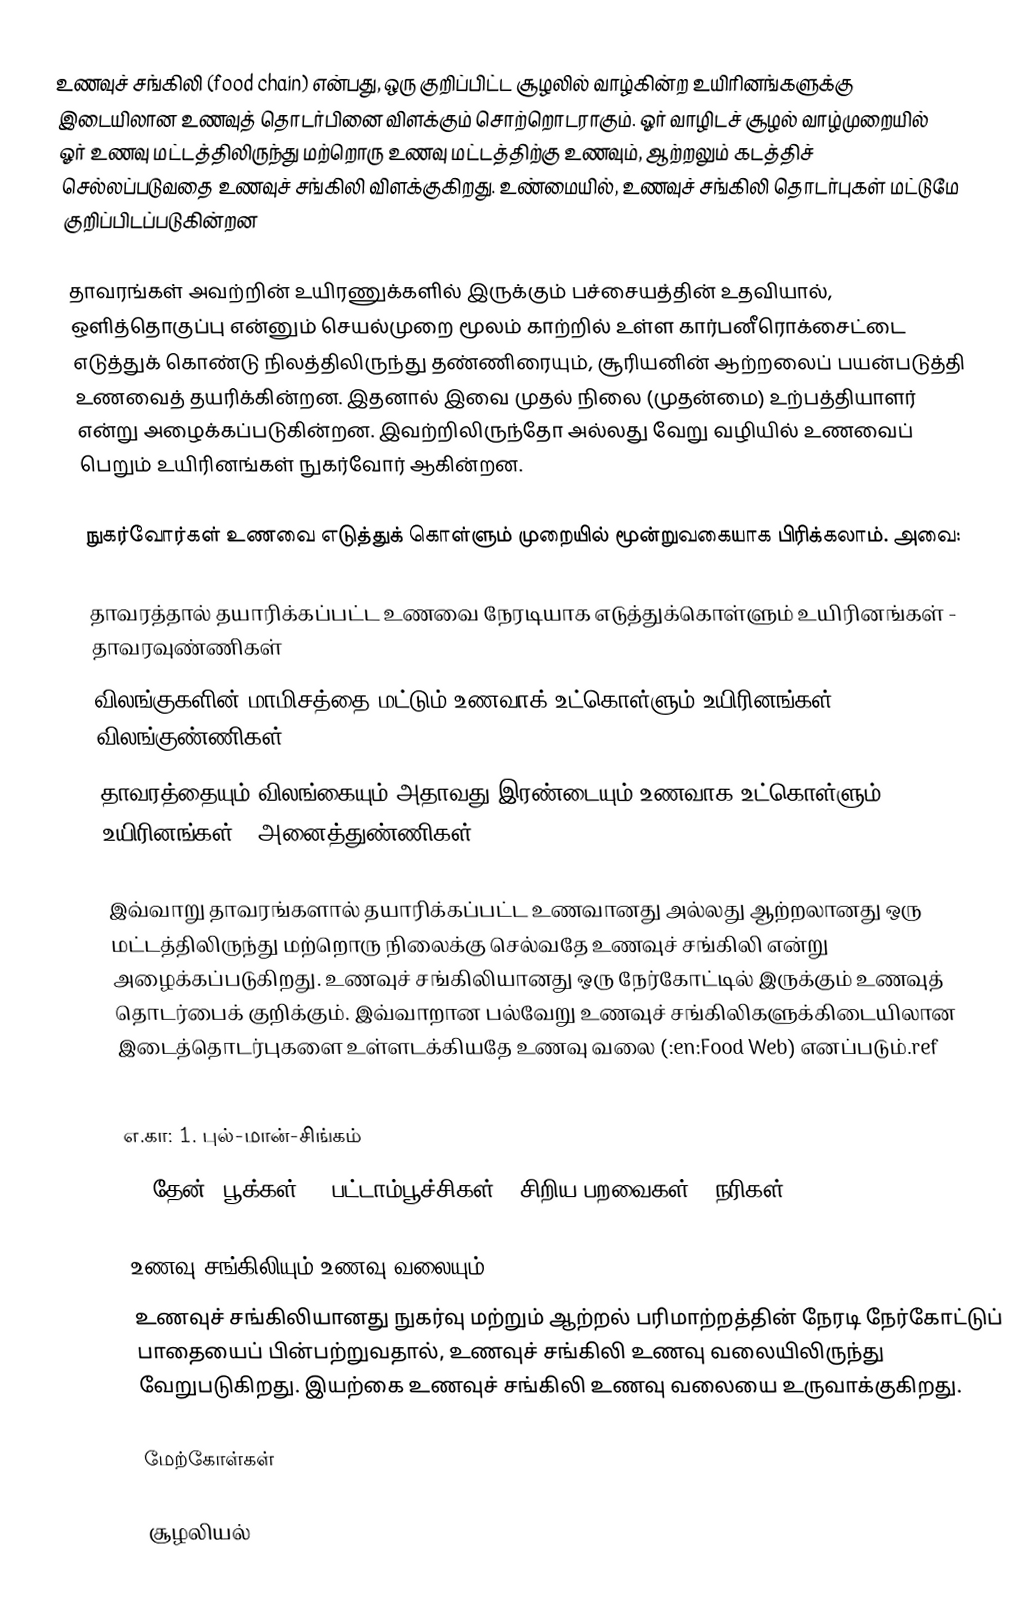
உணவுச் சங்கிலி (food chain) என்பது, ஒரு குறிப்பிட்ட சூழலில் வாழ்கின்ற உயிரினங்களுக்கு இடையிலான உணவுத் தொடர்பினை விளக்கும் சொற்றொடராகும். ஓர் வாழிடச் சூழல் வாழ்முறையில் ஓர் உணவு மட்டத்திலிருந்து மற்றொரு உணவு மட்டத்திற்கு உணவும், ஆற்றலும் கடத்திச் செல்லப்படுவதை உணவுச் சங்கிலி விளக்குகிறது. உண்மையில், உணவுச் சங்கிலி தொடர்புகள் மட்டுமே குறிப்பிடப்படுகின்றன

தாவரங்கள் அவற்றின் உயிரணுக்களில் இருக்கும் பச்சையத்தின் உதவியால், ஒளித்தொகுப்பு என்னும் செயல்முறை மூலம் காற்றில் உள்ள கார்பனீரொக்சைட்டை எடுத்துக் கொண்டு நிலத்திலிருந்து தண்ணிரையும், சூரியனின் ஆற்றலைப் பயன்படுத்தி உணவைத் தயரிக்கின்றன. இதனால் இவை முதல் நிலை (முதன்மை) உற்பத்தியாளர் என்று அழைக்கப்படுகின்றன. இவற்றிலிருந்தோ அல்லது வேறு வழியில் உணவைப் பெறும் உயிரினங்கள் நுகர்வோர் ஆகின்றன.

நுகர்வோர்கள் உணவை எடுத்துக் கொள்ளும் முறையில் மூன்றுவகையாக பிரிக்கலாம். அவை:

தாவரத்தால் தயாரிக்கப்பட்ட உணவை நேரடியாக எடுத்துக்கொள்ளும் உயிரினங்கள் - தாவரவுண்ணிகள்
விலங்குகளின் மாமிசத்தை மட்டும் உணவாக் உட்கொள்ளும் உயிரினங்கள் - விலங்குண்ணிகள்
தாவரத்தையும் விலங்கையும் அதாவது இரண்டையும் உணவாக உட்கொள்ளும் உயிரினங்கள் - அனைத்துண்ணிகள்

இவ்வாறு தாவரங்களால் தயாரிக்கப்பட்ட உணவானது அல்லது ஆற்றலானது ஒரு மட்டத்திலிருந்து மற்றொரு நிலைக்கு செல்வதே உணவுச் சங்கிலி என்று அழைக்கப்படுகிறது. உணவுச் சங்கிலியானது ஒரு நேர்கோட்டில் இருக்கும் உணவுத் தொடர்பைக் குறிக்கும். இவ்வாறான பல்வேறு உணவுச் சங்கிலிகளுக்கிடையிலான இடைத்தொடர்புகளை உள்ளடக்கியதே உணவு வலை (:en:Food Web) எனப்படும்.ref

எ.கா: 1. புல்-மான்-சிங்கம்
2. தேன் (பூக்கள்) - பட்டாம்பூச்சிகள் - சிறிய பறவைகள் - நரிகள்.

உணவு சங்கிலியும் உணவு வலையும்
உணவுச் சங்கிலியானது நுகர்வு மற்றும் ஆற்றல் பரிமாற்றத்தின் நேரடி நேர்கோட்டுப் பாதையைப் பின்பற்றுவதால், உணவுச் சங்கிலி உணவு வலையிலிருந்து வேறுபடுகிறது. இயற்கை உணவுச் சங்கிலி உணவு வலையை உருவாக்குகிறது.

மேற்கோள்கள்

சூழலியல்